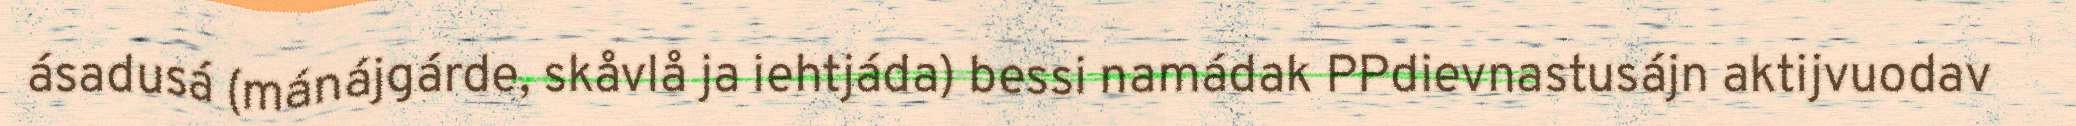
ásadusá (mánájgárde, skåvlå ja iehtjáda) bessi namádak PPdievnastusájn aktijvuodav